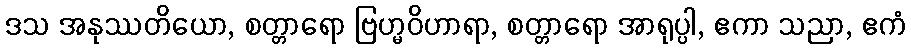
ဒသ အနုဿတိယော, စတ္တာရော ဗြဟ္မဝိဟာရာ, စတ္တာရော အာရုပ္ပါ, ဧကာ သညာ, ဧကံ